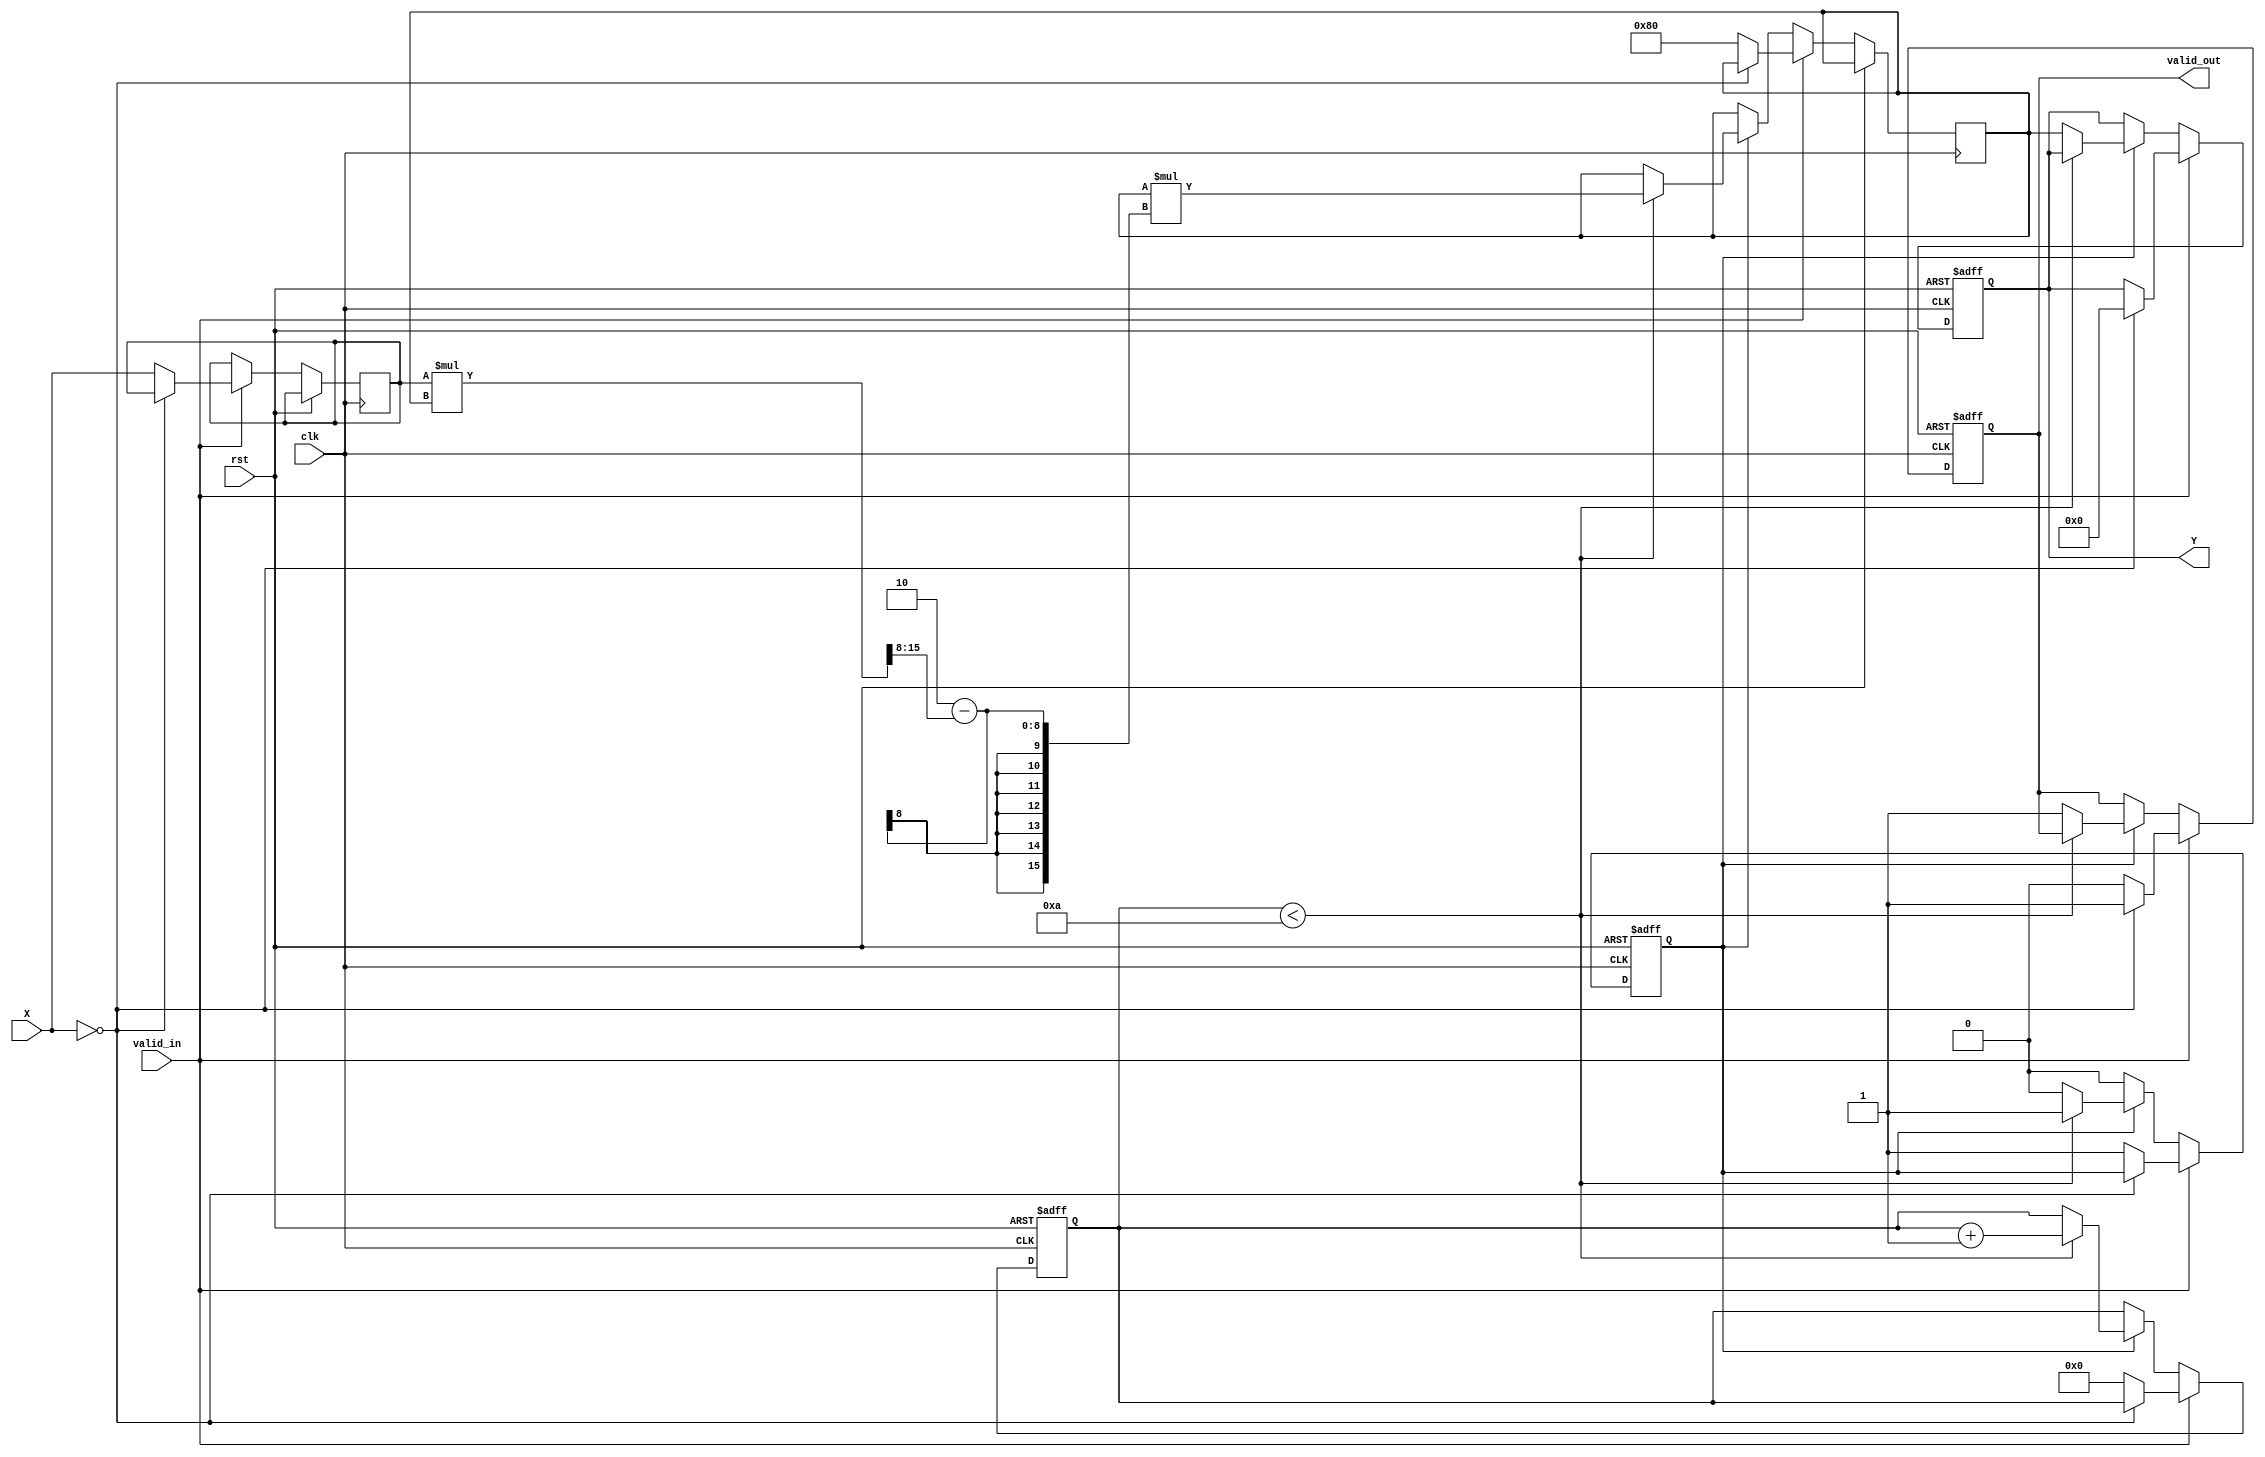
module FixedPointReciprocal #(parameter N = 16, // Bit-width of input
                               parameter M = 16, // Bit-width of output
                               parameter FRACTIONAL_BITS = 8, // Fractional bits in input and output
                               parameter MAX_ITERATIONS = 10) // Max iterations for convergence
(
    input wire clk,
    input wire rst,
    input wire valid_in, // Input valid signal
    input wire [N-1:0] X, // Input data (fixed-point)
    output reg valid_out, // Output valid signal
    output reg [M-1:0] Y // Reciprocal output (fixed-point)
);

// Internal signals
reg [N-1:0] input_reg;
reg [M-1:0] guess;
reg [M-1:0] next_guess;
reg [3:0] iteration_count; // Counter for iterations
reg computing; // State flag for computation

// Initial guess (1 for normalized fixed-point numbers)
initial begin
    valid_out = 0;
    Y = 0;
    computing = 0;
    iteration_count = 0;
end

// Input validation and initialization
always @(posedge clk or posedge rst) begin
    if (rst) begin
        valid_out <= 0;
        Y <= 0;
        iteration_count <= 0;
        computing <= 0;
    end else if (valid_in) begin
        if (X == 0) begin
            // Handle division by zero (output a predefined value, e.g., 0)
            Y <= {M{1'b0}};
            valid_out <= 1;
        end else begin
            input_reg <= X;
            guess <= {1'b1, {(M-FRACTIONAL_BITS-1){1'b0}}}; // Initial guess: 1.0 in fixed-point
            iteration_count <= 0;
            computing <= 1;
            valid_out <= 0;
        end
    end else if (computing) begin
        if (iteration_count < MAX_ITERATIONS) begin
            // Newton-Raphson iteration: guess = guess * (2 - X * guess)
            next_guess = guess * ({1'b0, 2'b10} - (input_reg * guess >> FRACTIONAL_BITS)); // Scaling down
            guess <= next_guess;
            iteration_count <= iteration_count + 1;
        end else begin
            // Finished computation
            Y <= guess;
            valid_out <= 1;
            computing <= 0;
        end
    end
end

endmodule